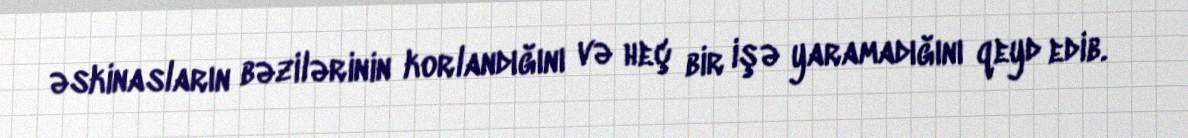
əskinasların bəzilərinin korlandığını və heç bir işə yaramadığını qeyd edib.